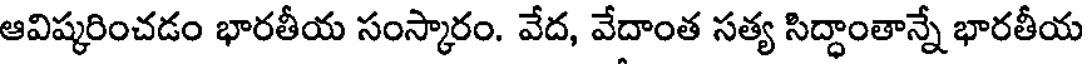
ఆవిష్కరించడం భారతీయ సంస్కారం. వేద, వేదాంత సత్య సిద్ధాంతాన్నే భారతీయ